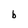
Character: b